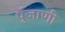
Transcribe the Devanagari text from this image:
पुंजाणी